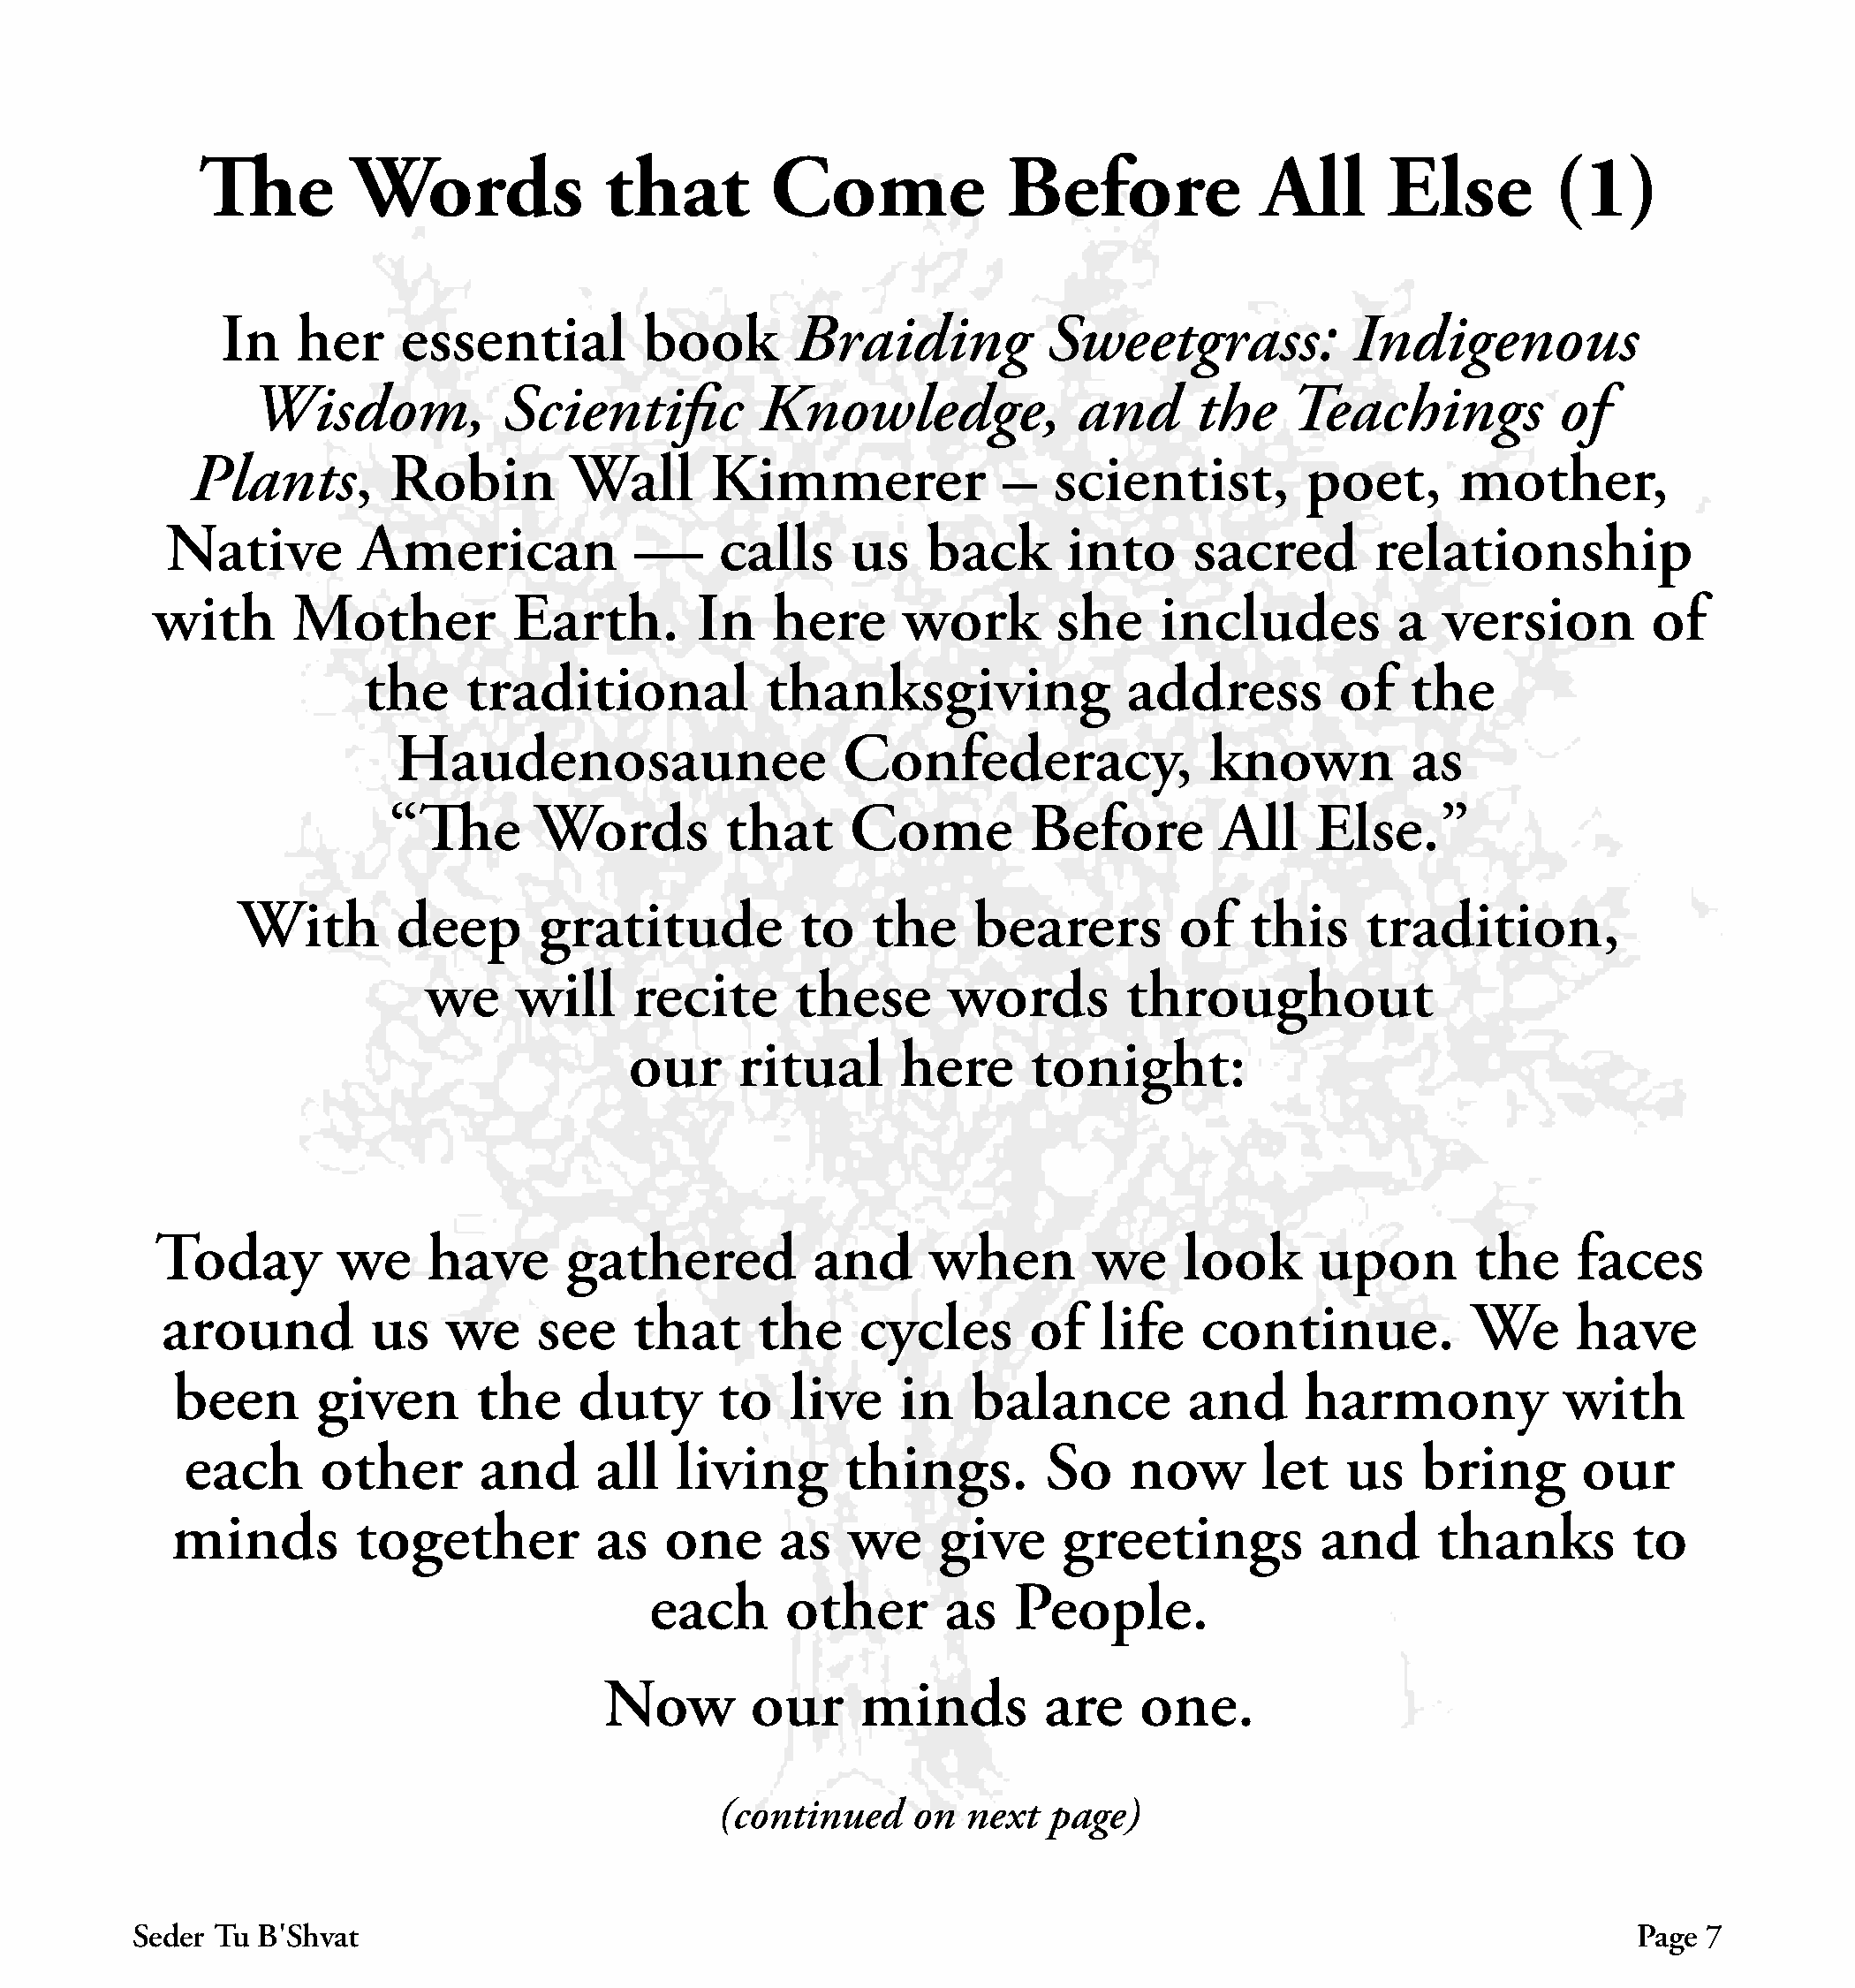
The        Words              that         Come             Before              All      Else        (1)
 In   her     essential         book        Braiding          Sweetgrass:            Indigenous
 Wisdom,            Scientific         Knowledge,              and      the    Teachings           of
 Plants,        Robin         Wall      Kimmerer              –   scientist,         poet,      mother,
 Native         American             —     calls     us   back       into     sacred        relationship
 with       Mother          Earth.        In    here      work       she     includes          a  version         of
 the     traditional           thanksgiving               address         of    the
 Haudenosaunee                    Confederacy,                known          as
 “The       Words         that      Come         Before        All     Else.”
 With        deep      gratitude           to   the     bearers        of    this    tradition,
 we     will    recite       these      words        throughout
 our     ritual      here      tonight:
 Today        we     have      gathered           and      when        we     look      upon       the     faces
 around          us   we     see    that      the    cycles       of   life    continue.           We      have
 been       given       the    duty       to   live    in    balance         and      harmony            with
 each      other       and      all   living      things.        So     now       let   us   bring        our
 minds         together          as   one     as    we    give      greetings          and      thanks        to
 each      other       as   People.
 Now        our     minds         are    one.
 (continued    on  next   page)
 Seder Tu B׳Shvat                                                                                                 Page 7